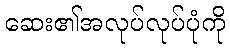
ဆေး၏အလုပ်လုပ်ပုံကို